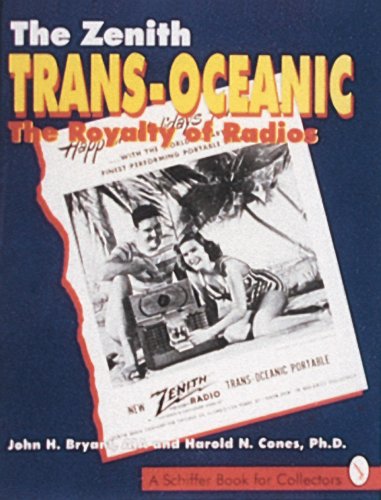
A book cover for The Zenith Trans-Oceanic, the Royalty of Radios: The Royalty of Radios (A Schiffer Book for Collectors); John H. Bryant; Crafts, Hobbies & Home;